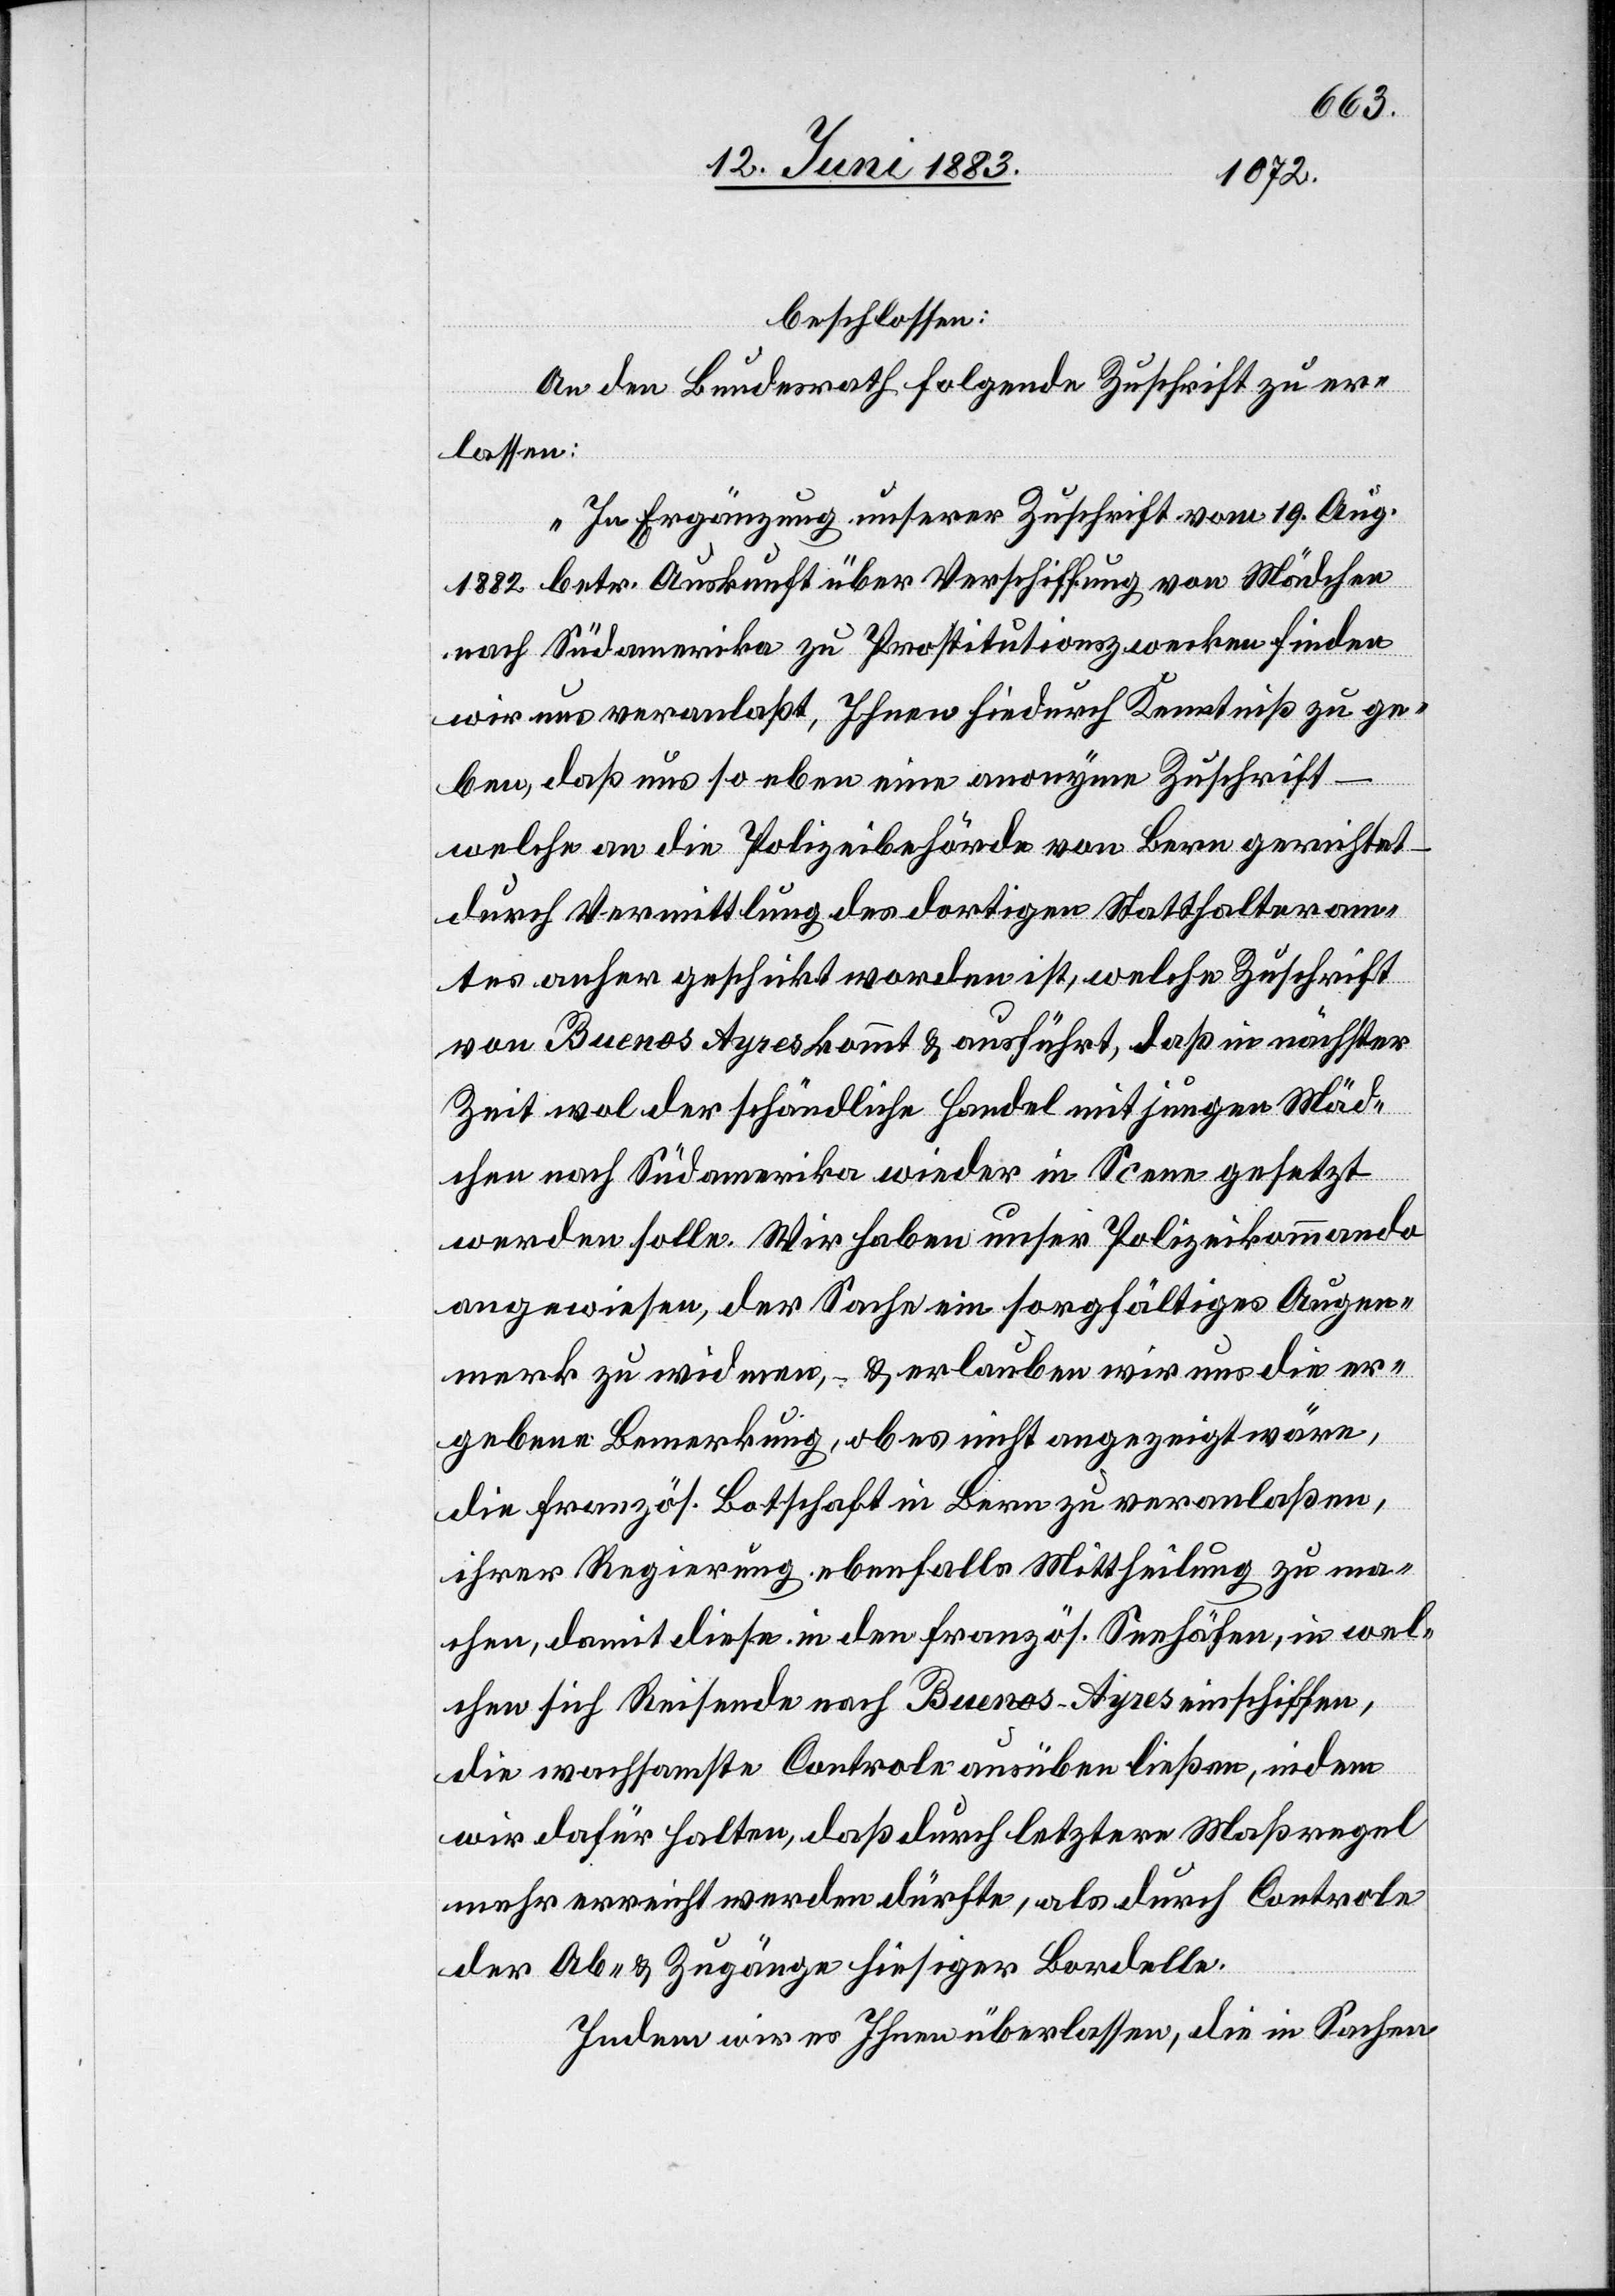
beschlossen:
An den Bundesrath folgende Zuschrift zu er¬
Augen¬
lassen:
„In Ergänzung unserer Zuschrift vom 19. Aug.
1882 betr. Auskunft über Verschiffung von Mädchen
nach Südamerika zu Prostitutionszwecken finden
wir uns veranlaßt, Ihnen hiedurch Kenntniß zu ge¬
ben, daß uns so eben eine anonyme Zuschrift
welche an die Polizeibehörde von Bern gerichtet
durch Vermittlung des dortigen Statthalteram¬
tes anher geschickt worden ist, welche Zuschrift
von Buenos Ayres kommt & ausführt, daß in nächster
Zeit wol der schändliche Handel mit jungen Mäd¬
chen nach Südamerika wieder in Scene gesetzt
merk zu widmen, – & erlauben wir uns die er¬
gebene Bemerkung, ob es nicht angezeigt wäre,
die französ. Botschaft in Bern zu veranlaßen,
ihrer Regierung ebenfalls Mittheilung zu ma¬
chen, damit diese in den französ. Seehäfen, in wel¬
chen sich Reisende nach Buenos-Ayres einschiffen,
die wachsamste Controle ausüben ließen, indem
wir dafür halten, daß durch letztere Maßregel
mehr erreicht werden dürfte, als durch Controle
der Ab- & Zugänge hiesiger Bordelle.
Indem wir es Ihnen überlassen, die in Sachen